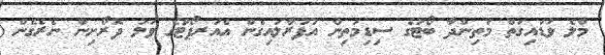
މާލެ ވަޑައިގަތް މަތިންދާ ބޯޓުގެ ސިޑިމަތިން އުފުރާލައިގެން އެއަރޕޯޓްގެ ވަލު ދޮރޯށިން ނެރެގެން